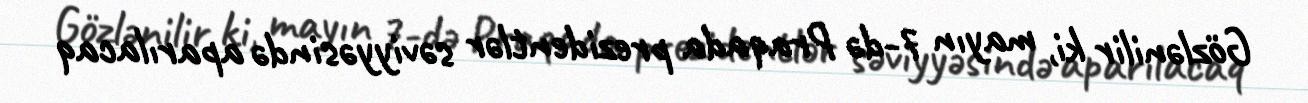
Gözlənilir ki, mayın 7-də Praqada prezidentlər səviyyəsində aparılacaq